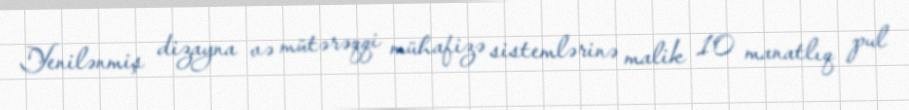
Yenilənmiş dizayna və mütərəqqi mühafizə sistemlərinə malik 10 manatlıq pul